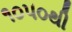
૧૦૫૦થી